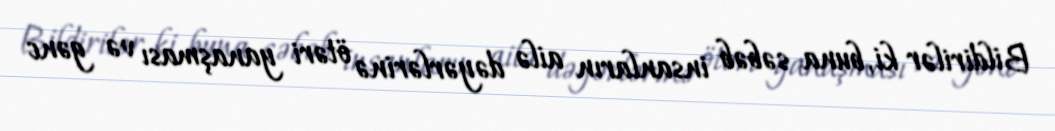
Bildirilər ki, buna səbəb insanların ailə dəyərlərinə ötəri yanaşması və gənc